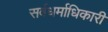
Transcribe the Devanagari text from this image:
सर्वधर्माधिकारी